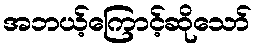
အဘယ့်ကြောင့်ဆိုသော်